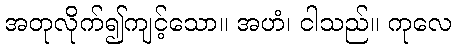
အတုလိုက်၍ကျင့်သော။ အဟံ၊ ငါသည်။ ကုလေ